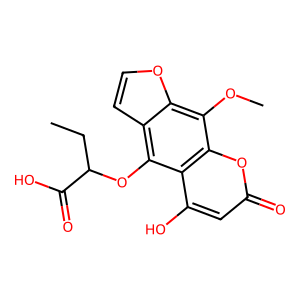
SMILES: CCC(Oc1c2ccoc2c(OC)c2oc(=O)cc(O)c12)C(=O)O
Inhibits HIV replication: No